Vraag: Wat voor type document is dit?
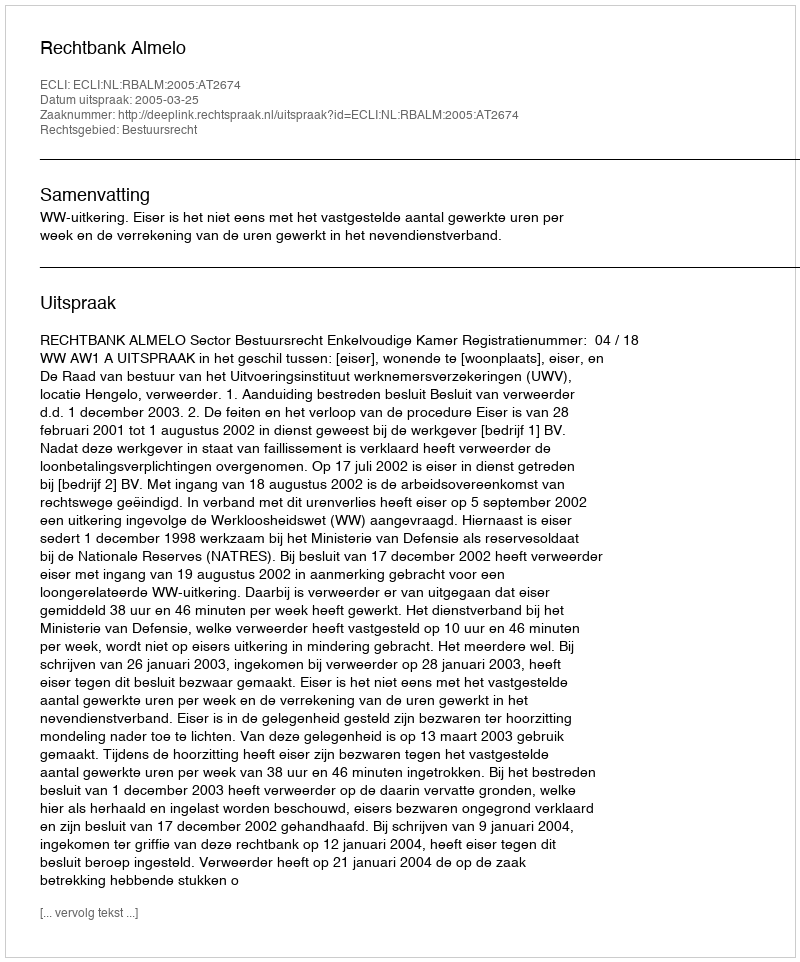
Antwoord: Uitspraak